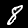
Digit: 8